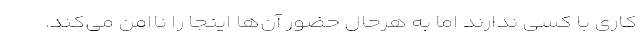
کاری با کسی ندارند اما به هرحال حضور آن‌ها اینجا را ناامن می‌کند.